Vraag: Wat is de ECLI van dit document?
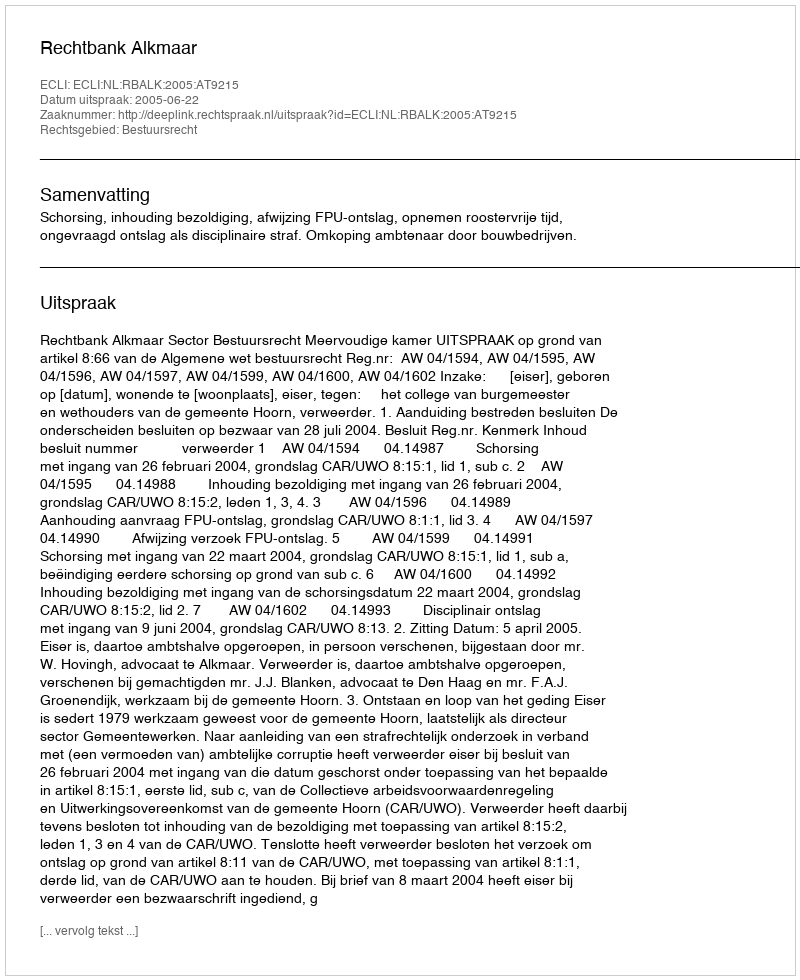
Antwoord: ECLI:NL:RBALK:2005:AT9215